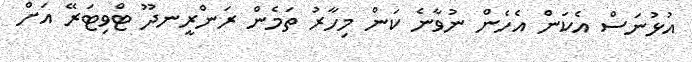
އުޅުނަސް އެކަން އެހެން ނުވާނެ ކަން މިހާރު ތަމެން ރަންރީނދޫ ޓްވިޓަރޭ އަށް